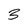
Character: 3